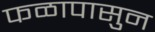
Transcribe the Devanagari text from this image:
फळापासुन